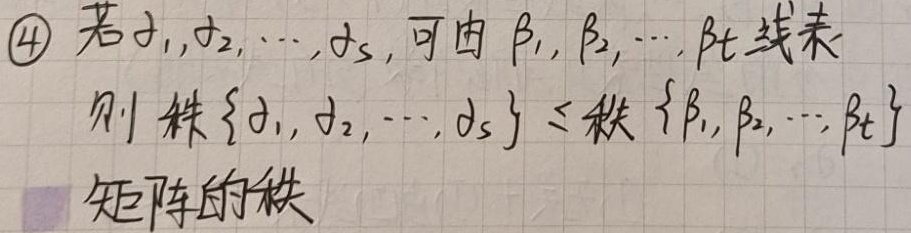
\textcircled{4} 若\(\alpha_1,\alpha_2,\cdots,\alpha_s\)可由\(\beta_1,\beta_2,\cdots,\beta_t\)线表，则秩\(\{\alpha_1,\alpha_2,\cdots,\alpha_s\}\leq\)秩\(\{\beta_1,\beta_2,\cdots,\beta_t\}\)。矩阵的秩